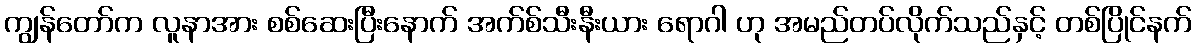
ကျွန်တော်က လူနာအား စစ်ဆေးပြီးနောက် အက်စ်သီးနီးယား ရောဂါ ဟု အမည်တပ်လိုက်သည်နှင့် တစ်ပြိုင်နက်